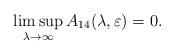
LaTeX: \begin{align*}\limsup_{\lambda\to \infty}A_{14}(\lambda,\varepsilon)=0.\end{align*}